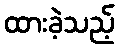
ထားခဲ့သည့်